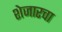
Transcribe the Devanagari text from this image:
शेजारचा